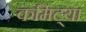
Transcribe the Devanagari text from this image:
कमिट्या